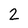
Character: 2